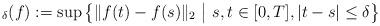
LaTeX: \begin{align*}_\delta(f):= \sup \big\{ \Vert f(t)-f(s) \Vert_2 \ \big| \ s,t\in[0,T], |t-s|\leq\delta \big\}\end{align*}